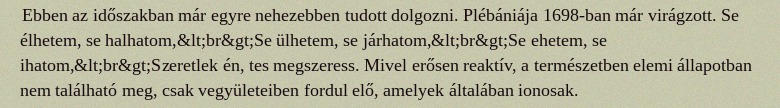
Ebben az időszakban már egyre nehezebben tudott dolgozni. Plébániája 1698-ban már virágzott. Se élhetem, se halhatom,&lt;br&gt;Se ülhetem, se járhatom,&lt;br&gt;Se ehetem, se ihatom,&lt;br&gt;Szeretlek én, tes megszeress. Mivel erősen reaktív, a természetben elemi állapotban nem található meg, csak vegyületeiben fordul elő, amelyek általában ionosak.